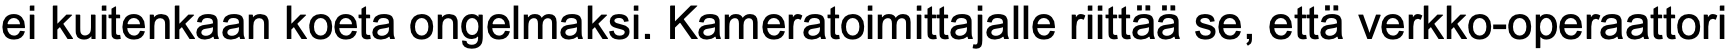
ei kuitenkaan koeta ongelmaksi. Kameratoimittajalle riittää se, että verkko-operaattori